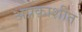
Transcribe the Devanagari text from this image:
अप्रकाशीत